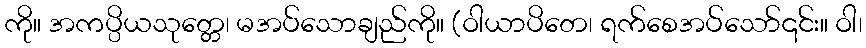
ကို။ အကပ္ပိယသုတ္တေ၊ မအပ်သောချည်ကို။ (ဝါယာပိတေ၊ ရက်စေအပ်သော်၎င်း။ ဝါ၊